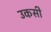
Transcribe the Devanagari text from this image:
उकसी